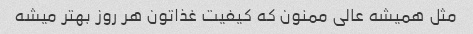
مثل همیشه عالی ممنون که کیفیت غذاتون هر روز بهتر میشه